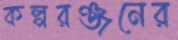
কল্পরঞ্জনের